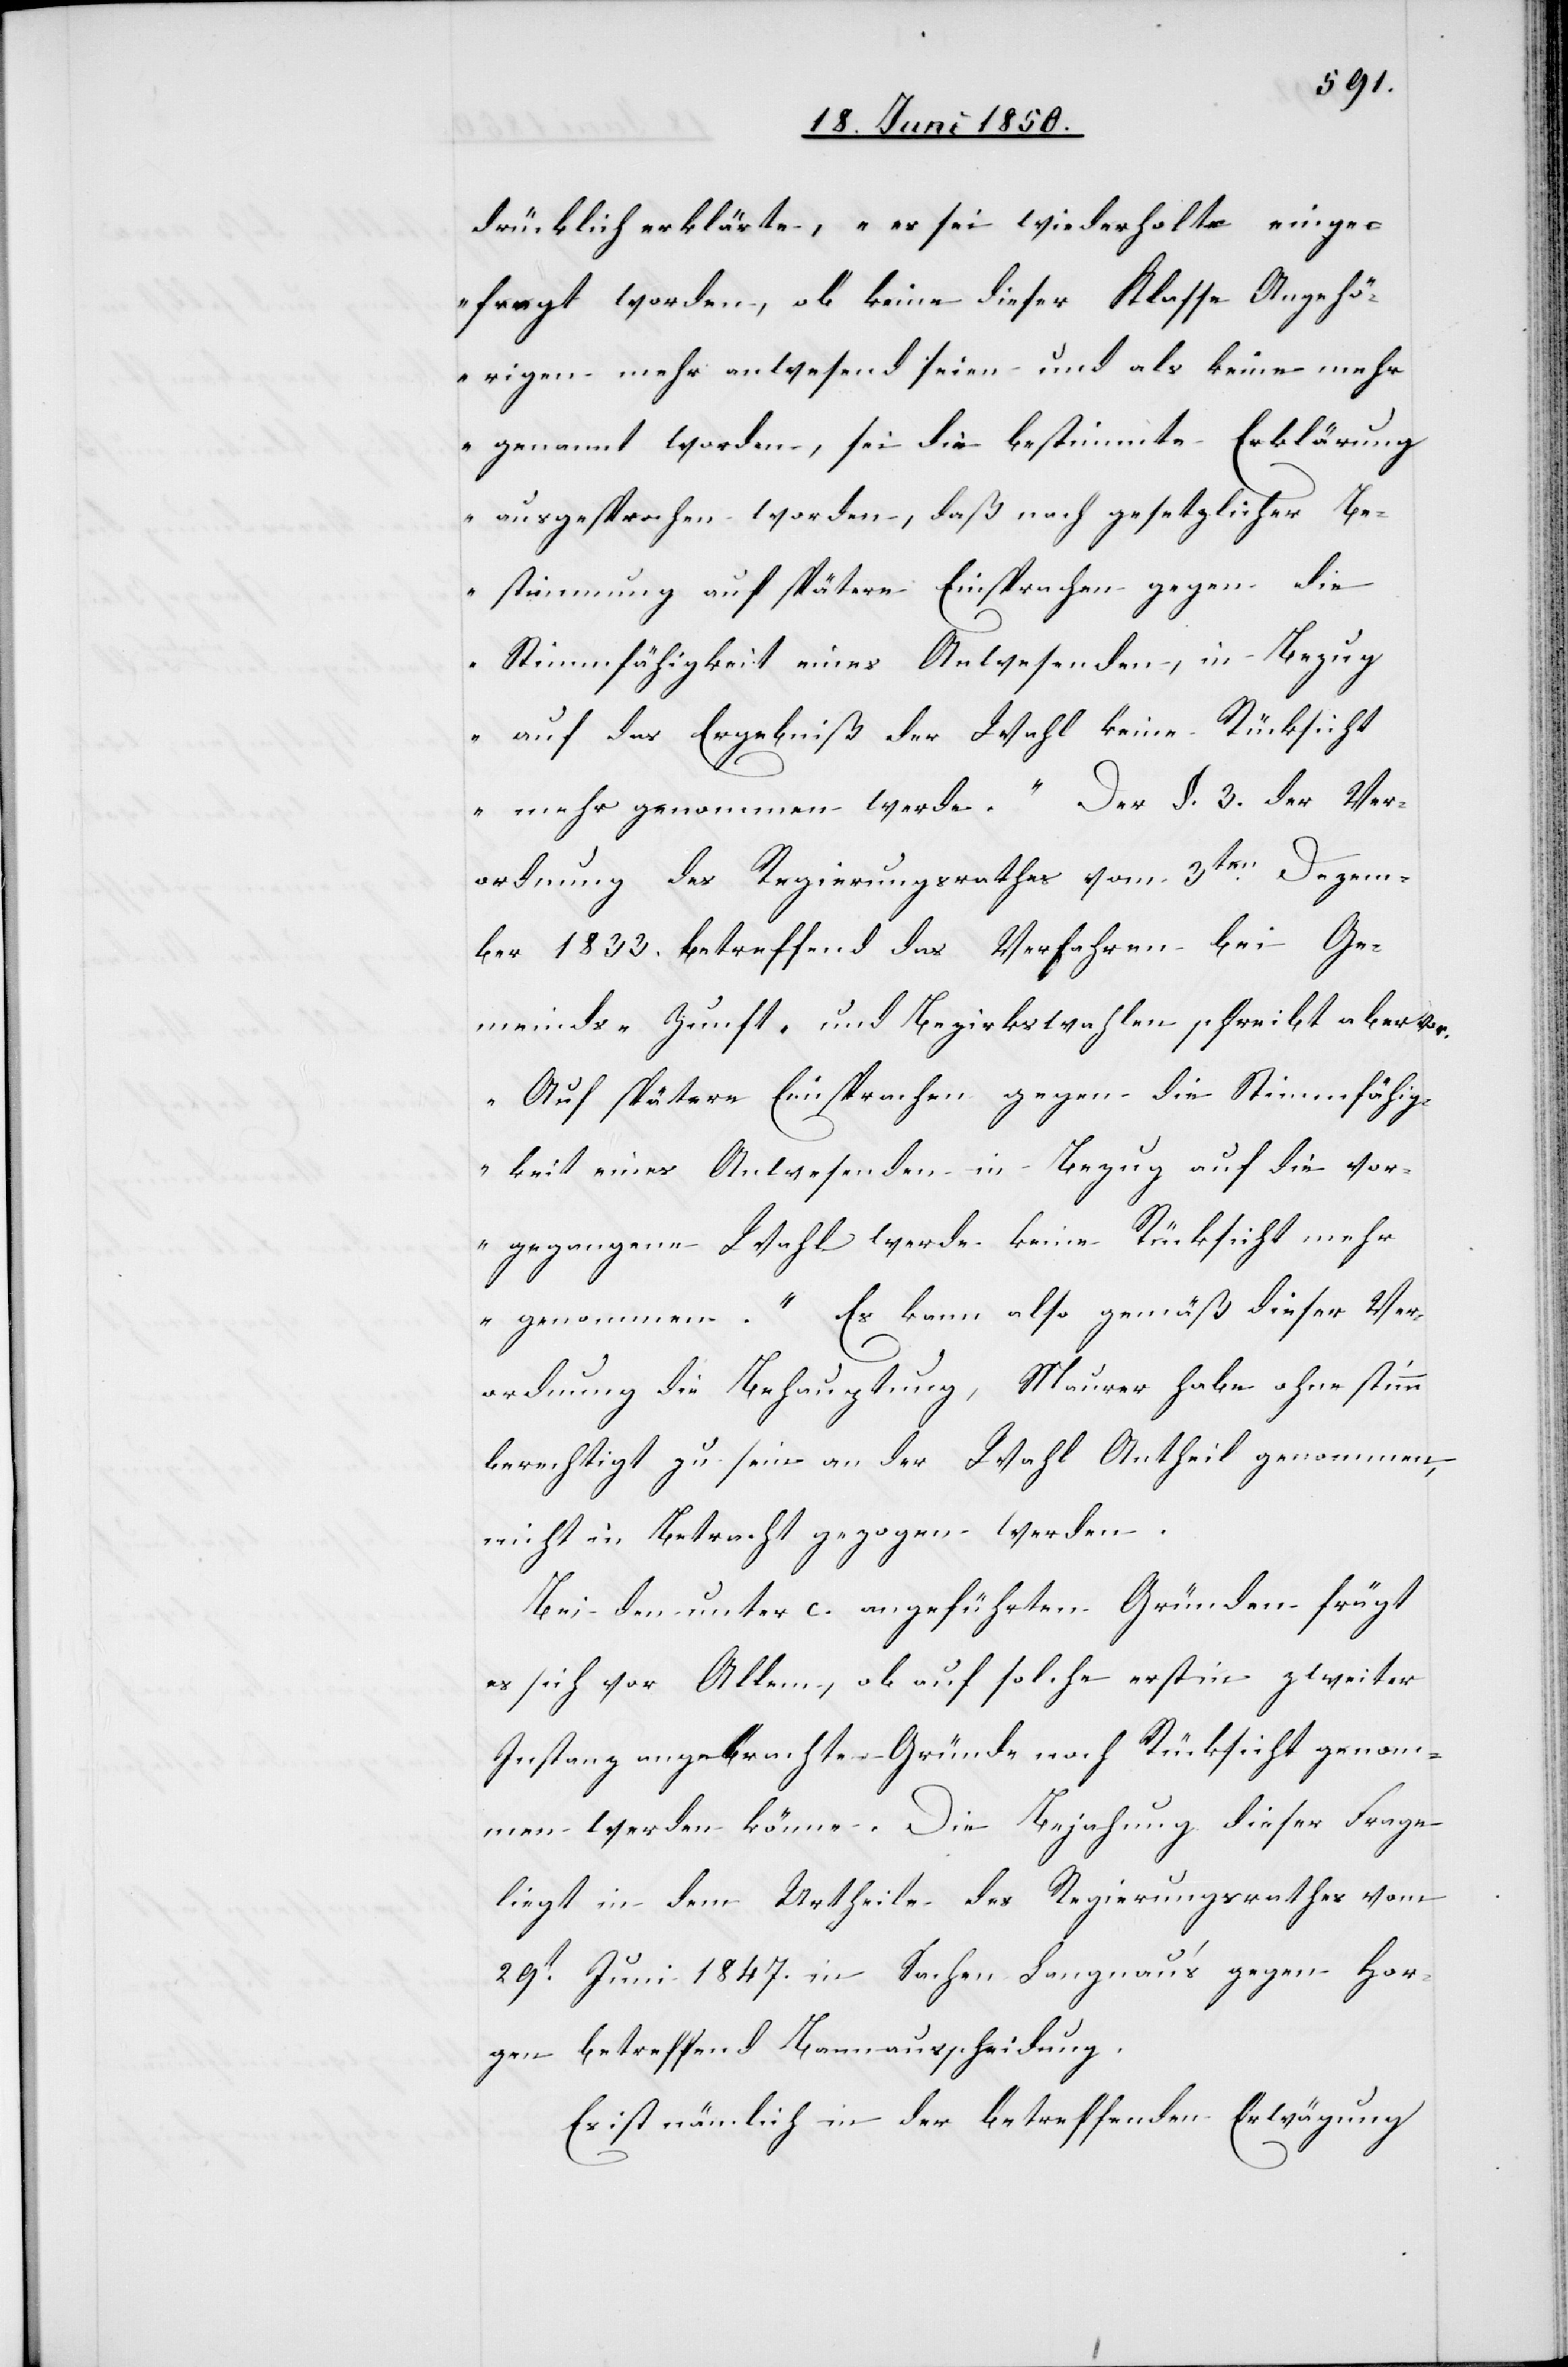
drücklich erklärte, „es sei wiederholt einge¬
fragt worden, ob keine dieser Klasse Angehö¬
rigen mehr anwesend seien und als keine mehr
genannt worden, sei die bestimmte Erklärung
ausgesprochen worden, daß nach gesetzlicher Be¬
stimmung auf spätere Einsprachen gegen die
Stimmfähigkeit eines Anwesenden, in Bezug
auf das Ergebniß der Wahl keine Rücksicht
mehr genommen werde.“ Der §. 3. der Ver¬
ordnung des Regierungsrathes vom 3ten Dezem¬
ber 1833. betreffend das Verfahren bei Ge¬
meinds- Zunft- und Bezirkswahlen schreibt aber vor.
„Auf spätere Einsprachen gegen die Stimmfähig¬
keit eines Anwesenden in Bezug auf die vor¬
gegangene Wahl werde keine Rücksicht mehr
genommen.“ Es kann also gemäß dieser Ver¬
ordnung die Behauptung, Maurer habe ohne stimm¬
berechtigt zu sein an der Wahl Antheil genommen,
nicht in Betracht gezogen werden.
Bei den unter c. angeführten Gründen frägt
es sich vor Allem, ob auf solche erst in zweiter
Instanz angebrachte Gründe noch Rücksicht genom¬
men werden könne. Die Bejahung dieser Frage
liegt in dem Urtheile des Regierungsrathes vom
29t Juni 1847. in Sachen Langnau’s gegen Hor¬
gen betreffend Bannausscheidung.
Es ist nämlich in der betreffenden Erwägung